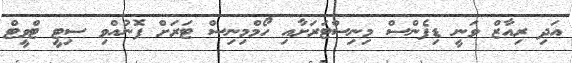
އަދި ރިއާޒް ވަނީ ޑިފެންސް މިނިސްޓަރަށާއި ހޯމްމިނިސް ޓަރަށް ފޮނުއްވި ސިޓީ ޓްވީޓް